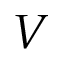
V